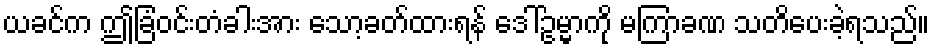
ယခင်က ဤခြံဝင်းတံခါးအား သော့ခတ်ထားရန် ဒေါ်ဥမ္မာကို မကြာခဏ သတိပေးခဲ့ရသည်။